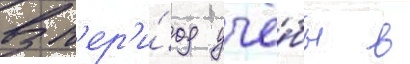
В п'ер'и́од учё́бы в